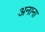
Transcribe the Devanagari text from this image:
अनाना